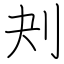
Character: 刔